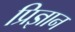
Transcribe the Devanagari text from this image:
प्रिज्ञान